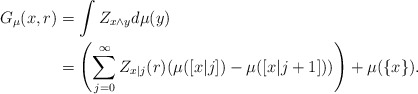
\begin{align*}G_\mu(x,r)&=\int Z_{x\wedge y}d\mu(y)\\&=\left(\sum_{j=0}^\infty Z_{x|j}(r) (\mu([x|j])-\mu([x|j+1]))\right)+\mu(\{x\}).\end{align*}